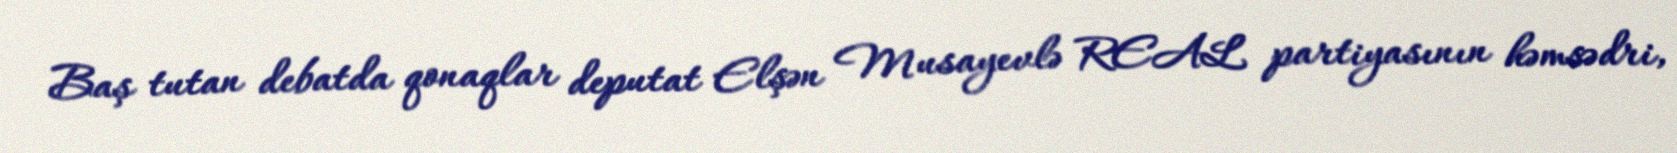
Baş tutan debatda qonaqlar deputat Elşən Musayevlə REAL partiyasının həmsədri,